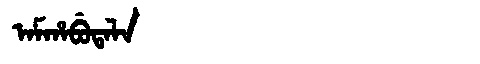
Manchu: ᠠᠮᡥᠠᠪᡠᡨᠠᠯᠠ
Romanization: AMHABUTALA